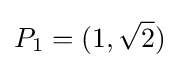
P_{1}=(1,{\sqrt {2}})